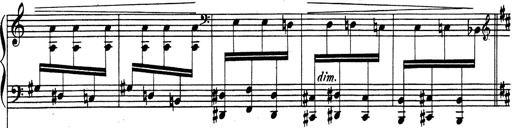
Title: Rhapsodie espagnole
Composer: Franz Liszt